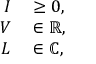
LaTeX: \begin{array} { r l } { I } & { { } \geq 0 , } \\ { V } & { { } \in \mathbb { R } , } \\ { L } & { { } \in \mathbb { C } , } \end{array}